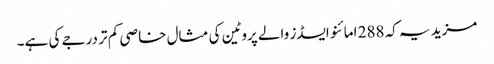
مزید یہ کہ 288 امائنو ایسڈز والے پروٹین کی مثال خاصی کم تر درجے کی ہے۔